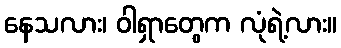
နေသလား၊ ဝါရှာတွေက လုံရဲ့လား။